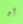
أو